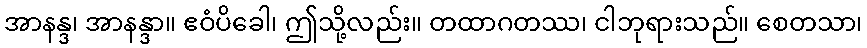
အာနန္ဒ၊ အာနန္ဒာ။ ဧဝံပိခေါ၊ ဤသို့လည်း။ တထာဂတဿ၊ ငါဘုရားသည်။ စေတသာ၊